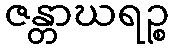
ဇန္တာဃရဉ္စ